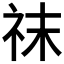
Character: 𥘯